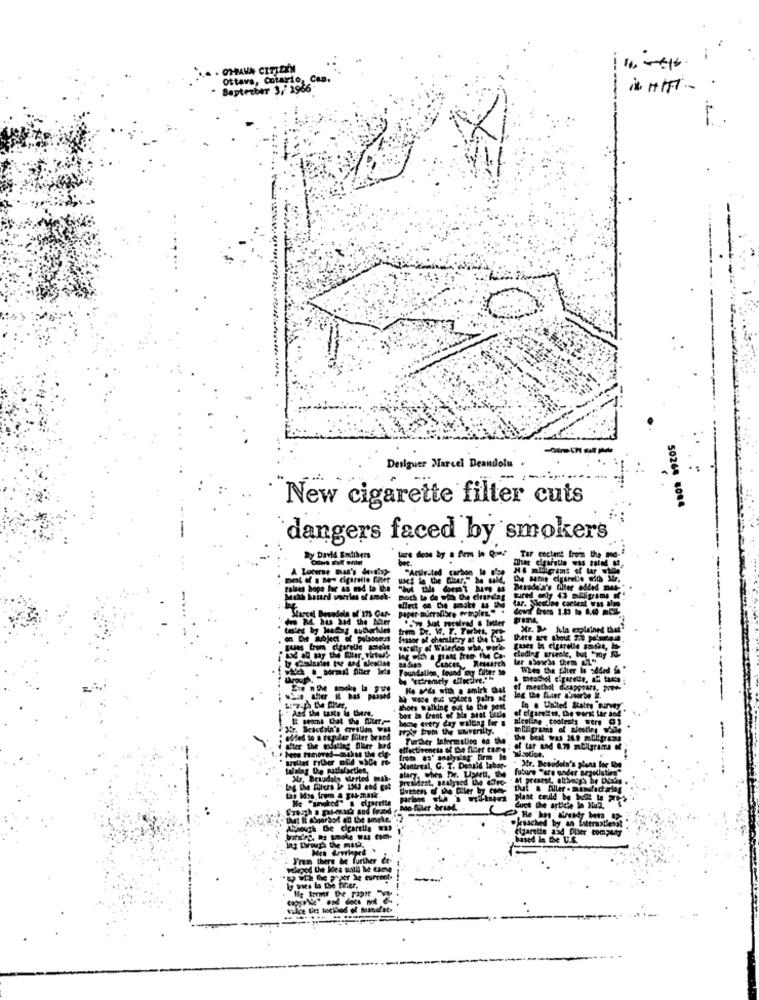
CHIAMA CITIZEN
Ottava, Cotario, Can.
September 3, 1966
Designer Marcel Deandolu .
. :
New cigarette filter cuts
50264 8084
dangers faced by smokers
By David Eantibers
tes we by : from ihn en Tur cochant trois the Me
Lotere man's dove?
Acurate
th hope lee an end to the
Bersdela's filter added mas-
arcel Benedela of'175 Car-
effect on by mostt &s the
w Just received & Inter
Ce subject of polsdoods frasor of chentrtry at den tial
there are shout 2ou polsce.un
cluding arieale, but "my -
log with a grant from the Ca-
Cancer Research
c ._ somil her lets
Foundallen, found my filter to
When the filter In sided { *
by "extremely ductive.""
Etabhol c'parete, E tante
Ho Mids with a smirk that
menthol disappears, port-
after
ad the taste is there,
Shots walking out to the post
box la trent of ale stat tiedle
In . United States "survey
alcaline cootrots were @$
Scaccoia's crretim WM
Italy from the shitrilly.
-
id to a regular Biter brand
Further Information on the
Filber mild whCe ro-
Montreal, C. T. Donald labor-
. Mr. Betudoln's pions for Ios
future "are under negollatien"
,"Brusdaly alerted mah-
President, analysed the dfre- " at present, although be UNaby
Mos from & gut-mask.
duct the article lo Hu2.
Pksached by an littraxl'est
elgarette and filter company
based In the U.S.
. .